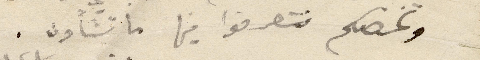
وتخصكم فتصرفوا فيها ما تشأون.